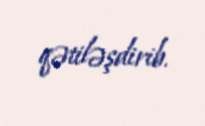
qətiləşdirib.